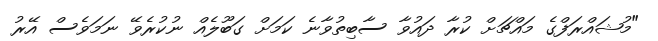
"މުޝައްރަފްގެ މައްޗަށް ކުރާ ދައުވާ ސާބިތުވާނެ ކަމަށް ގަބޫލެއް ނުކުރެވޭ ނަމަވެސް އޭރު